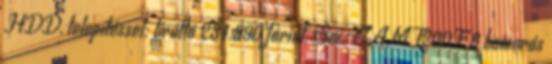
HDD, telepítéssel: bruttó 234.990 forint. Sec-CAM T200F 8 kamerás